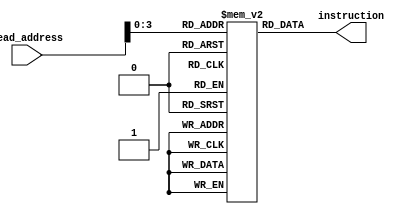
`timescale 1ns / 1ps
//////////////////////////////////////////////////////////////////////////////////
// Company: 
// Engineer: 
// 
// Design Name: 
// Module Name:    instruction_memory 
// Project Name: 
// Target Devices: 
// Tool versions: 
// Description: 
//
// Dependencies: 
//
// Revision: 
// Revision 0.01 - File Created
// Additional Comments: 
//
//////////////////////////////////////////////////////////////////////////////////
module instruction_memory(
    input [5:0] read_address,
    output [15:0] instruction
    );
	
	reg [15:0] instructions[15:0];
	
	// Instructions for R4 = R2 * R3
	initial
	begin
		instructions[0] = 16'b0010_0001_0000_1000;     // ADD R8, R1, R0             // Use R8 as temporary register.
		instructions[1] = 16'b1110_0010_0000_0010;     // BNE R2, R0, MULTIPLY_LOOP  // If (R2 != 0), then go to MULTIPLY_LOOP.
		instructions[2] = 16'b0010_0000_0000_0100;     // ADD R4, R0, R0             // Initialize R4 to 0.
		instructions[3] = 16'b1110_0000_0001_0100;     // BNE R0, R1, END            // Used to directly move to END
		instructions[4] = 16'b0011_0000_0000_0000;     // MULTIPLY_LOOP: NOOP        // Stall
		instructions[5] = 16'b0010_0100_0011_0100;     // ADD R4, R4, R3             // R4 = R4 + R3
		instructions[6] = 16'b1110_0010_0111_1101;     // BNE R2, R8, MULTIPLY_LOOP  // If (R2 != R8), then repeat MULTIPLY_LOOP.
		instructions[7] = 16'b0010_0111_0001_0111;     // ADD R8, R8, R1             // R8 = R8 +1
		instructions[8] = 16'b0011_0000_0000_0000;     // END: NOOP
		instructions[9] = 16'b0011_0000_0000_0000;
		instructions[10] = 16'b0011_0000_0000_0000;
		instructions[11] = 16'b0011_0000_0000_0000;
		instructions[12] = 16'b0011_0000_0000_0000;
		instructions[13] = 16'b0011_0000_0000_0000;
		instructions[14] = 16'b0011_0000_0000_0000;
		instructions[15] = 16'b0011_0000_0000_0000;
	end
	
	// Return the proper instruction based on the read address.
	assign instruction = instructions[read_address[3:0]];

endmodule